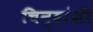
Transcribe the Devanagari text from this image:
चिन्हांशी